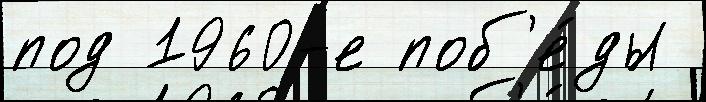
под 1960-е поб'е́ды